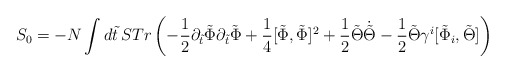
\begin{align*}S_0 = - N \int d\tilde t \,STr \left( - \frac{1}{2} \partial_{\tilde t} \tilde\Phi \partial_{\tilde t} \tilde \Phi + \frac{1}{4} [\tilde \Phi, \tilde \Phi]^2+ {1\over 2} \tilde \Theta \dot{\tilde \Theta}-{1\over 2}\tilde \Theta \gamma^i [ \tilde \Phi_i, \tilde \Theta] \right)\end{align*}